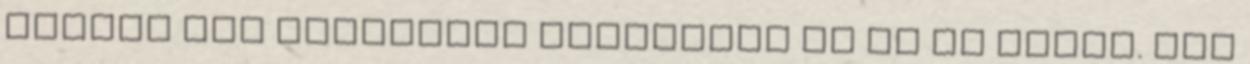
milyen jól rászedett bennünket az én jó anyám. Már